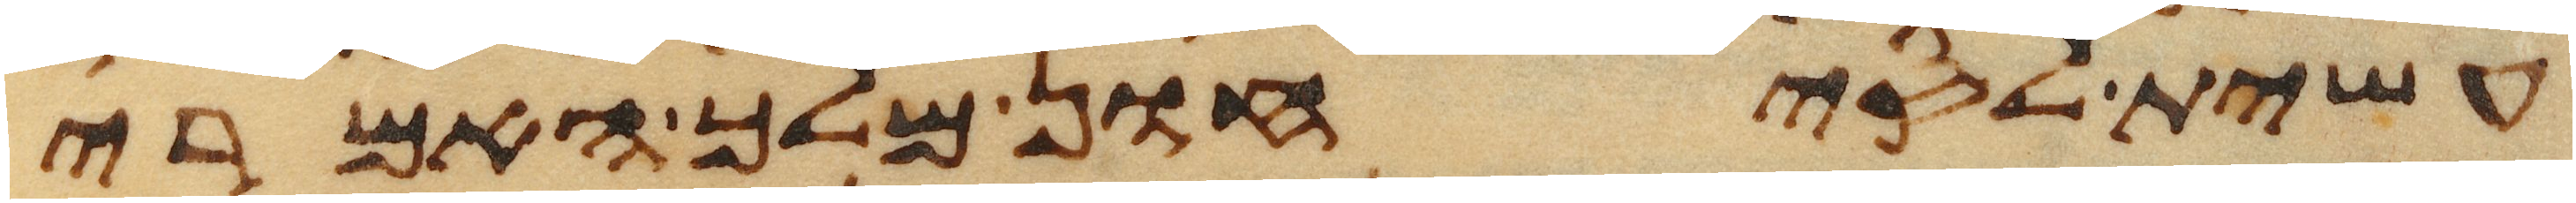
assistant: עשית לסיחון מלך האמרי